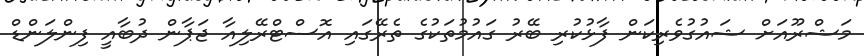
މަޝްރޫއަށް ޝައުގުވެރިކަން ފާޅުކުރި ބޭރު ގައުމުތަކުގެ ތެރޭގައި އޮސްޓްރޭލިއާ ޖަޕާން ދުބާއީ ފިންލަންޑް